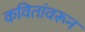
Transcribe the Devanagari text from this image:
कवितांवरून